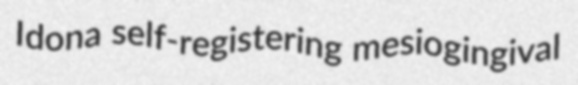
Idona self-registering mesiogingival